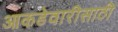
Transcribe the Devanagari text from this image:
आकडेवारीसाठी